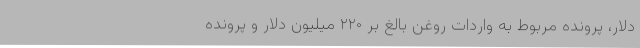
دلار، پرونده مربوط به واردات روغن بالغ بر ۲۲۰ میلیون دلار و پرونده